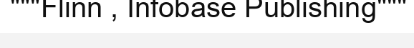
"""Flinn , Infobase Publishing"""